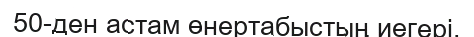
50-ден астам өнертабыстың иегері.